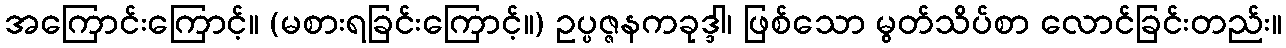
အကြောင်းကြောင့်။ (မစားရခြင်းကြောင့်။) ဥပ္ပဇ္ဇနကခုဒ္ဒါ၊ ဖြစ်သော မွတ်သိပ်စာ လောင်ခြင်းတည်း။